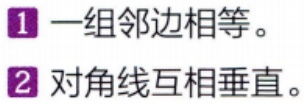
\begin{enumerate}

\item 一组邻边相等。

\item 对角线互相垂直。

\end{enumerate}